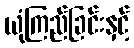
ယုံကြည်ခြင်းနှင့်